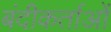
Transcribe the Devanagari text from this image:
बंदीकर्ताओं